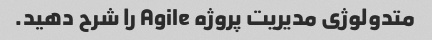
متدولوژی مدیریت پروژه Agile را شرح دهید.